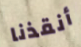
أنقذنا